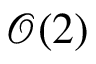
\mathcal { O } ( 2 )